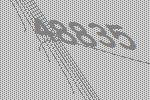
48835